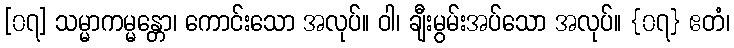
[၀၇] သမ္မာကမ္မန္တော၊ ကောင်းသော အလုပ်။ ဝါ၊ ချီးမွမ်းအပ်သော အလုပ်။ {၀၇} ဧတံ၊